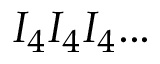
I _ { 4 } I _ { 4 } I _ { 4 } . . .